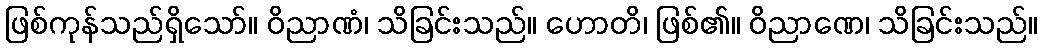
ဖြစ်ကုန်သည်ရှိသော်။ ဝိညာဏံ၊ သိခြင်းသည်။ ဟောတိ၊ ဖြစ်၏။ ဝိညာဏေ၊ သိခြင်းသည်။